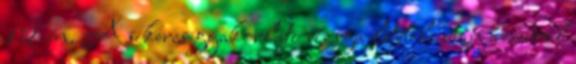
12-én. A sikeres gyakorlati vizsga letétele után az erről